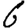
Digit: 6